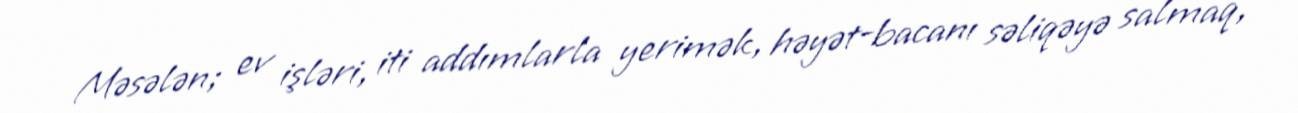
Məsələn; ev işləri, iti addımlarla yerimək, həyət-bacanı səliqəyə salmaq,